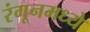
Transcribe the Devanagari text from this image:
रंगूनमध्ये